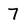
Character: 7